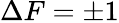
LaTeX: \Delta F=\pm 1